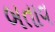
બતાવ